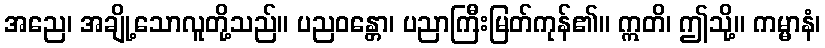
အညေ၊ အချို့သောလူတို့သည်။ ပညဝန္တော၊ ပညာကြီးမြတ်ကုန်၏။ ဣတိ၊ ဤသို့။ ကမ္မာနံ၊